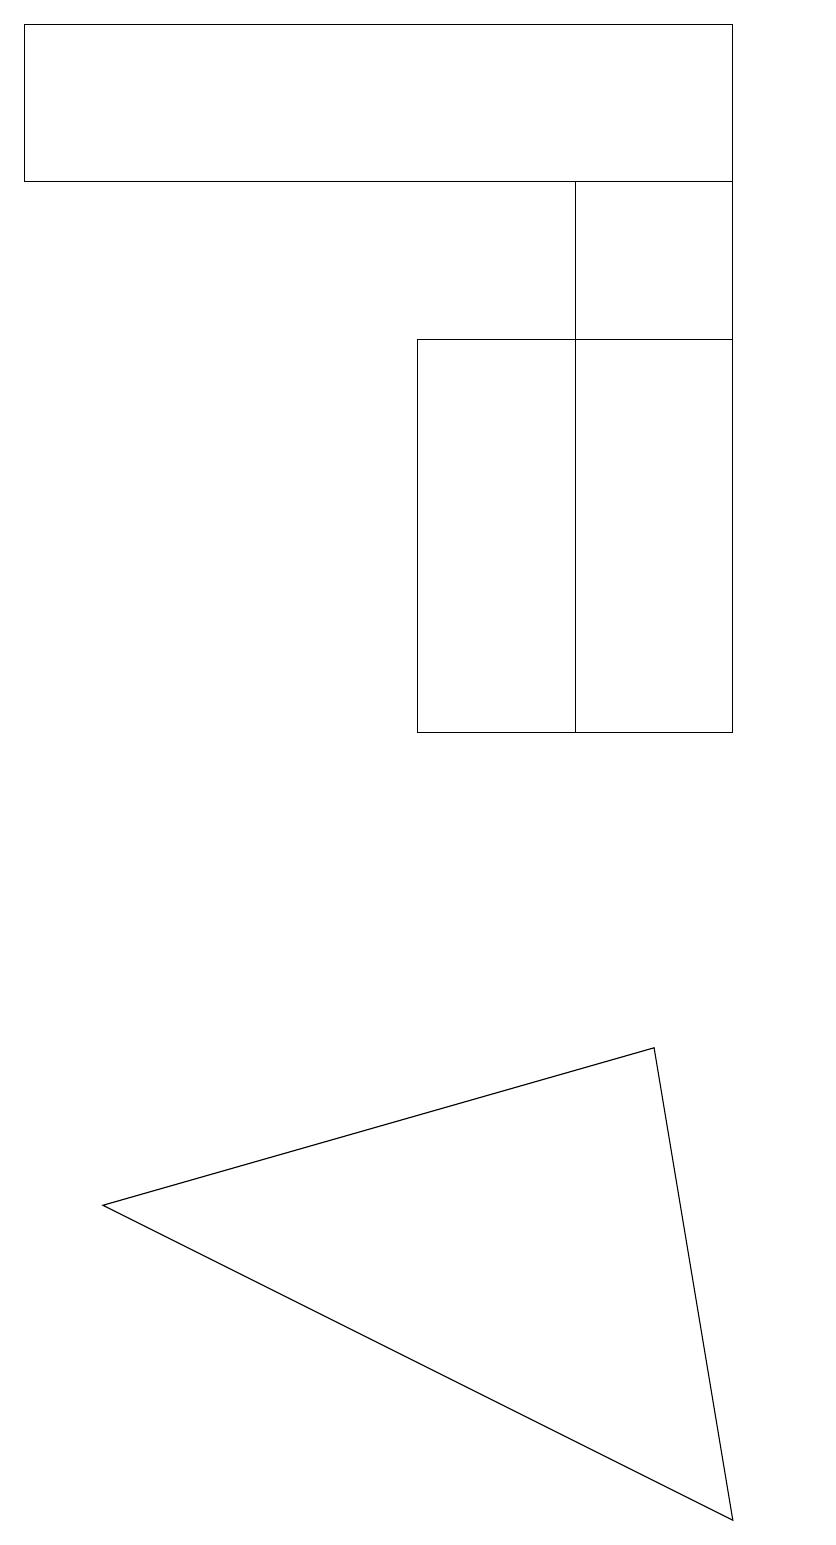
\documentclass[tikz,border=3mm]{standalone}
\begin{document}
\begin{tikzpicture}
\draw (5,10) rectangle (9,15);
\draw (7,10) rectangle (9,17);
\draw (8,6) -- (1,4) -- (9,0) -- cycle;
\draw (10,10) circle (0);
\draw (0,17) rectangle (9,19);
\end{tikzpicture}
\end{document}